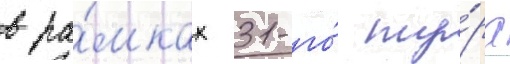
в ра́мках 31-го́ ту́ра